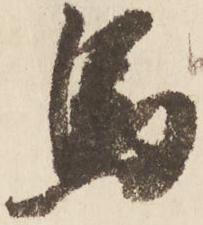
馬